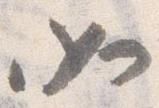
如